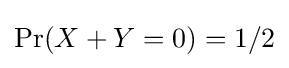
\operatorname {Pr} (X+Y=0)=1/2